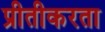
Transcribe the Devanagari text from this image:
प्रीतीकरता